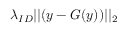
\lambda _ { I D } | | ( y - G ( y ) ) | | _ { 2 }